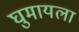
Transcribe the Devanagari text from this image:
घुमायला